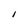
Character: I